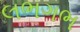
લભગભ